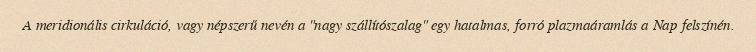
A meridionális cirkuláció, vagy népszerű nevén a "nagy szállítószalag" egy hatalmas, forró plazmaáramlás a Nap felszínén.